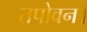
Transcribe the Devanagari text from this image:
तपोवन।